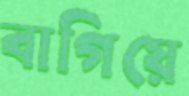
বাগিয়ে